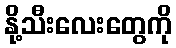
နို့သီးလေးတွေကို